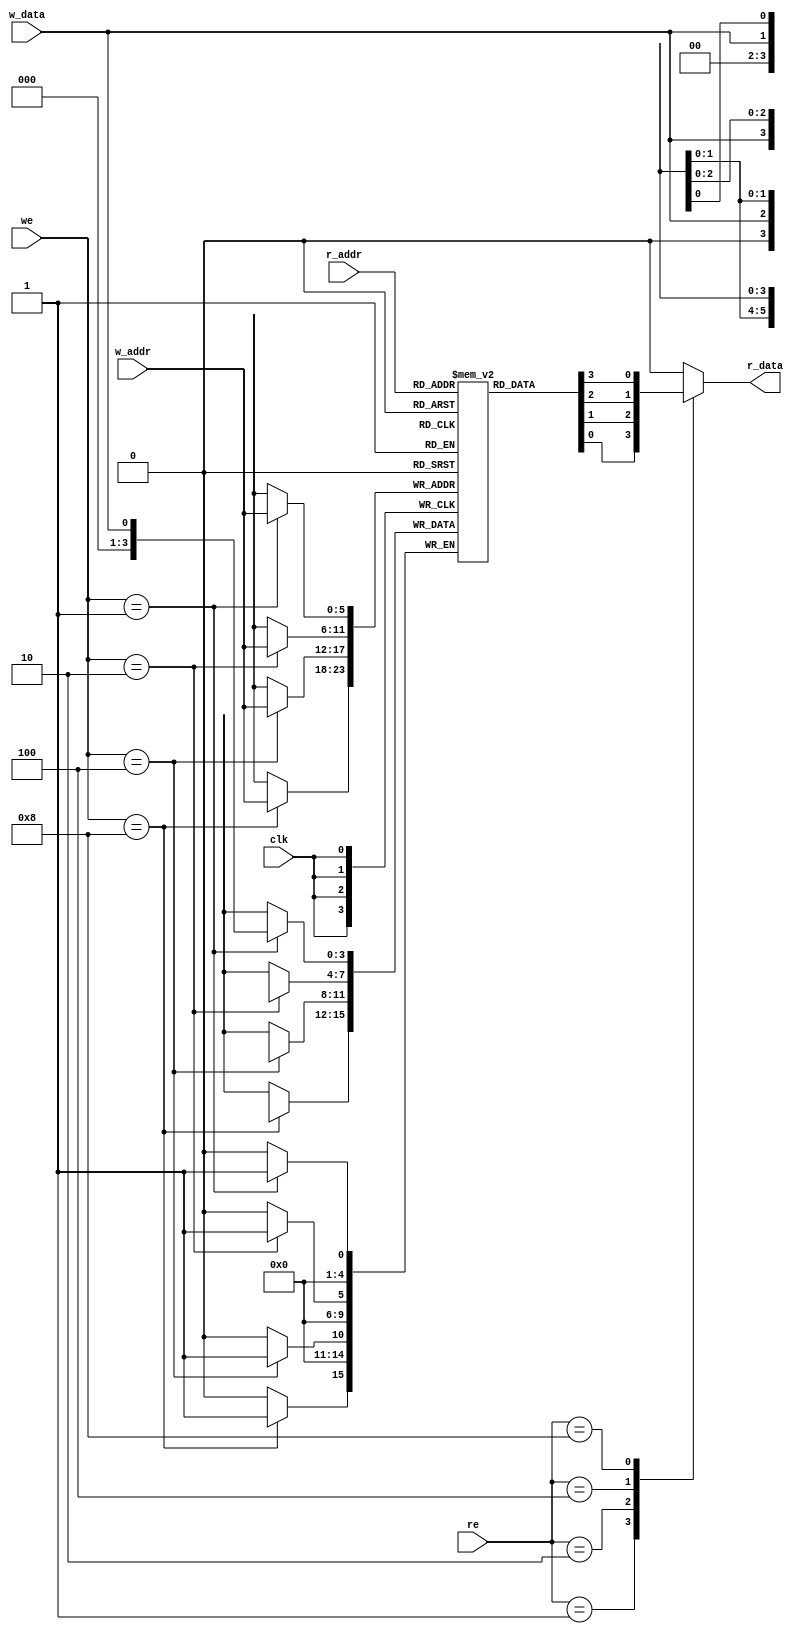
module reg_file(
    input clk, 
    input [3:0] we,
    input [3:0] re,
    input [5:0] r_addr,
    input [5:0] w_addr,
    input w_data,
    output reg r_data
    );
    reg [3:0] regs [0:63];
    parameter WAY0 = 4'b0001;
    parameter WAY1 = 4'b0010;
    parameter WAY2 = 4'b0100;
    parameter WAY3 = 4'b1000;
    integer i;
    initial begin
        for(i = 0; i < 64; i = i + 1) begin
            regs[i] = 4'b0000;
        end
    end
    //write
    always@(posedge clk)begin
        case(we)
        WAY0: regs[w_addr][0] <= w_data;
        WAY1: regs[w_addr][1] <= w_data;
        WAY2: regs[w_addr][2] <= w_data;
        WAY3: regs[w_addr][3] <= w_data;
        default:;
        endcase
    end
    //read
    always @(*)begin
        case(re)
        WAY0: r_data = regs[r_addr][0];
        WAY1: r_data = regs[r_addr][1];
        WAY2: r_data = regs[r_addr][2];
        WAY3: r_data = regs[r_addr][3];
        default: r_data = 0;
        endcase
    end
endmodule